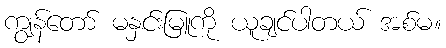
ကျွန်တော် မနှင်းမြူကို ယူချင်ပါတယ် အစ်မ။